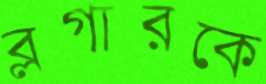
ব্লগারকে